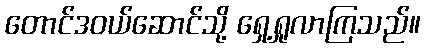
တောင်ဒဝယ်ဆောင်သို့ ရှေ့ရှုလာကြသည်။